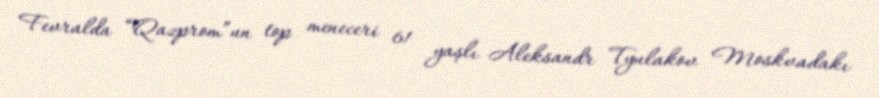
Fevralda “Qazprom”un top meneceri 61 yaşlı Aleksandr Tyulakov Moskvadakı